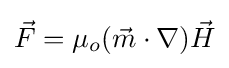
{\vec {F}}=\mu _{o}({\vec {m}}\cdot \nabla ){\vec {H}}\,\!